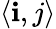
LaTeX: \left\langle\mathbf{i},j\right\rangle